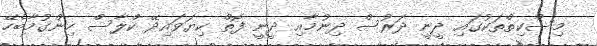
މިސްކިތްތަކުގައި ދީނީ ދަރުސް ދިނުމާއި ދީނީ ފޮތް ކިޔަވައިދޭ ކްލާސް ހިންގުމާބެހޭ